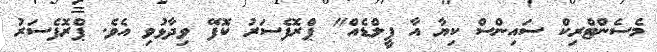
މެސެންޓްރިކް ސައިންސް ކިޔާ އާ ފީލްޑެއް" ޕްރޮފެސަރު ކޮފޭ ވިދާޅުވި އެވެ. ޕްރޮފެސަރު